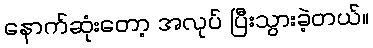
နောက်ဆုံးတော့ အလုပ် ပြီးသွားခဲ့တယ်။